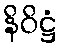
နိဝိဋ္ဌံ